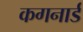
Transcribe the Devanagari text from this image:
कगनार्ड